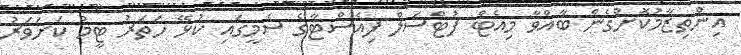
އިންތިޒާމުކޮށްގެން ބާއްވާ މިއެޓް ފުޓްސަލް ފިއެސްޓާގެ ސެމީގައި ކުޅޭ ހަތަރު ޓީމު ކަށަވަރު